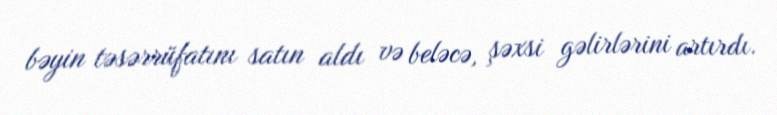
bəyin təsərrüfatını satın aldı və beləcə, şəxsi gəlirlərini artırdı.